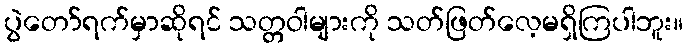
ပွဲတော်ရက်မှာဆိုရင် သတ္တဝါများကို သတ်ဖြတ်လေ့မရှိကြပါဘူး။